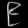
Digit: ၉